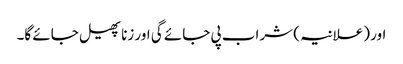
اور (علانیہ) شراب پی جائے گی اور زنا پھیل جائے گا۔